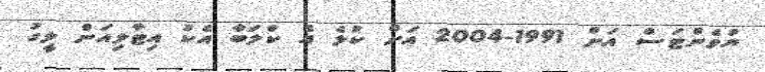
ޔުވެންޓަސް އަށް 1991-2004 އަށް ކުޅެ އެ ކްލަބާ އެކު އިޓާލިއަން ލީގު